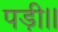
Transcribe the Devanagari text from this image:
पड़ी।।